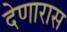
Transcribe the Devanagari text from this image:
देणारास